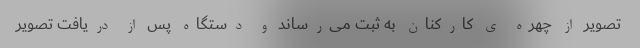
تصویر از چهره ی کارکنان به ثبت می‌رساند و دستگاه پس از دریافت تصویر